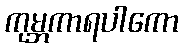
ကုမ္ဘကာရပါကော